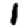
Digit: 1